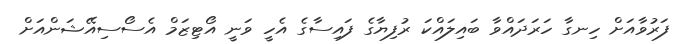
ފަރުވާއަށް ހިނގާާާ ހަރަދައްވާ ބައިލައްކަ ރުފިޔާގެ ފައިސާގެ އެެހީ ވަނީ އޯޓިޒަމް އެސޯސިއޭޝަންއަށް